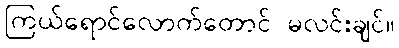
ကြယ်ရောင်လောက်တောင် မလင်းချင်။